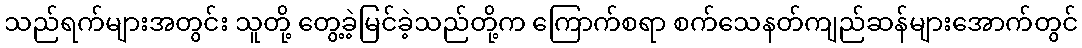
သည်ရက်များအတွင်း သူတို့ တွေ့ခဲ့မြင်ခဲ့သည်တို့က ကြောက်စရာ စက်သေနတ်ကျည်ဆန်များအောက်တွင်